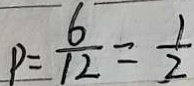
P = \frac { 6 } { 1 2 } = \frac { 1 } { 2 }